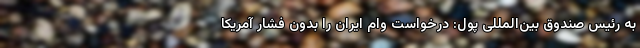
به رئیس صندوق بین‌المللی پول: درخواست وام ایران را بدون فشار آمریکا